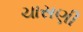
ચાસણી